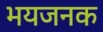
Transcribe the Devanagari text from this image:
भयजनक